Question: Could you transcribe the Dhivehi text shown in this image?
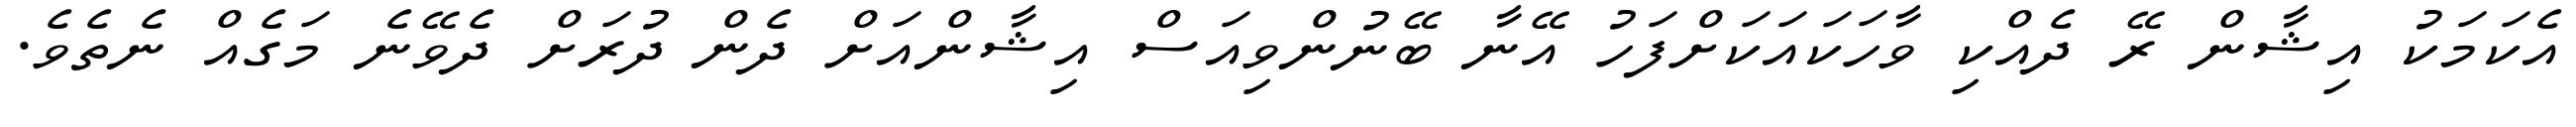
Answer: އެކަމަކު އިޝާން ރޭ ދެއްކި ވާހަކައަކަށްފަހު އޭނާ ބޭނުންވިއަސް އިޝާންއަށް ދެން ދުރަށް ދެވޭނެ މަގެއް ނެތެވެ.